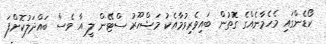
ކޯޑެންގައި މެހެމާނެއްގެ ގޮތުން ބައިވެރިވުމާއެކު މަޝްހޫރު ސްޓޭން ލީ އާ ވެސް ބައްދަލުކޮށްފަ